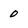
Character: 0